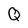
Character: Q